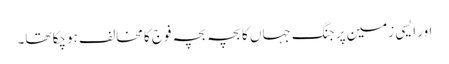
اور ایسی زمین پر جنگ جہاں کا بچہ بچہ فوج کا مخالف ہوچکا تھا۔